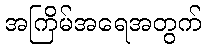
အကြိမ်အရေအတွက်